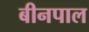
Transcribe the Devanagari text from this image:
बीनपाल